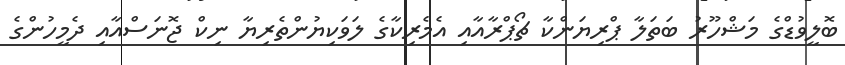
ބޮލީވުޑްގެ މަޝްހޫރު ބަތަލާ ޕްރިޔަންކާ ޗޯޕްރާއާއި އެމެރިކާގެ ލަވަކިޔުންތެރިޔާ ނިކް ޖޮނަސްއާއި ދެމީހުންގެ